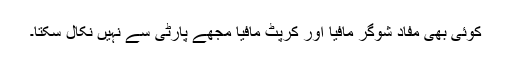
کوئی بھی مفاد شوگر مافیا اور کرپٹ مافیا مجھے پارٹی سے نہیں نکال سکتا۔